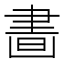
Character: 𦘙